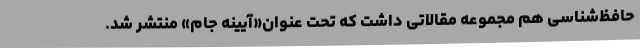
حافظ‌شناسی هم مجموعه مقالاتی داشت که تحت عنوان«آیینه جام» منتشر شد.